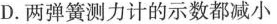
D. 两弹簧测力计的示数都减小